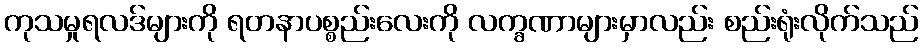
ကုသမှုရလဒ်များကို ရတနာပစ္စည်းလေးကို လက္ခဏာများမှာလည်း စည်းရုံးလိုက်သည်